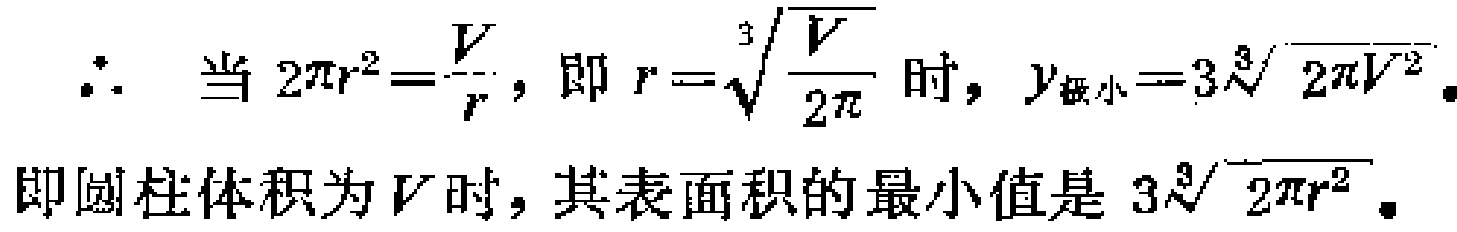
\(\therefore\) 当 \(2\pi r^{2}=\frac{V}{r}\)，即 \(r = \sqrt[3]{\frac{V}{2\pi}}\) 时，\(y_{最小}=3\sqrt[3]{2\pi V^{2}}\)。
即圆柱体积为 \(V\) 时，其表面积的最小值是 \(3\sqrt[3]{2\pi r^{2}}\)。